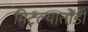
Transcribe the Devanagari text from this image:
मिटल्यातोंडी